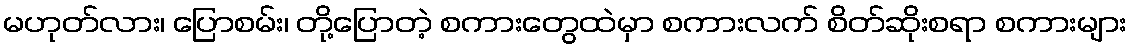
မဟုတ်လား၊ ပြောစမ်း၊ တို့ပြောတဲ့ စကားတွေထဲမှာ စကားလက် စိတ်ဆိုးစရာ စကားများ